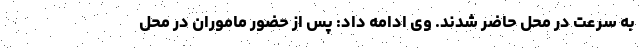
به سرعت در محل حاضر شدند. وی ادامه داد: پس از حضور ماموران در محل